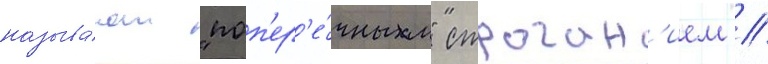
называ́ют "поп'ер'е́чным" строган'ием //